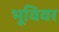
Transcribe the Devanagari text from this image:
भूविवर